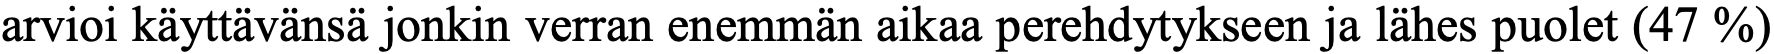
arvioi käyttävänsä jonkin verran enemmän aikaa perehdytykseen ja lähes puolet (47 %)